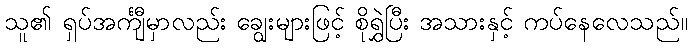
သူ၏ ရှပ်အင်္ကျီမှာလည်း ချွေးများဖြင့် စိုရွှဲပြီး အသားနှင့် ကပ်နေလေသည်။